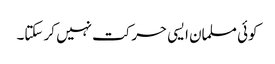
کوئی مسلمان ایسی حرکت نہیں کر سکتا۔